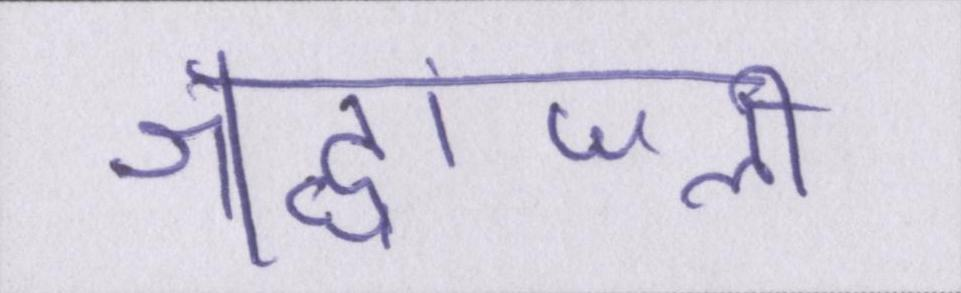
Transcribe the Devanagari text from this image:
श्रद्धांजली